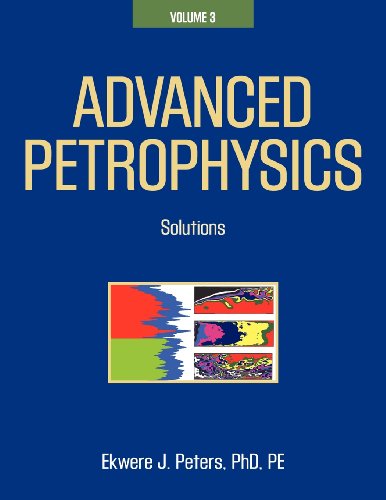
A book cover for Advanced Petrophysics: Volume 3: Solutions; Ekwere J. Peters PhD PE; Science & Math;